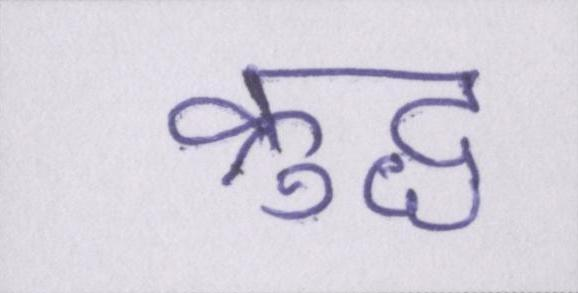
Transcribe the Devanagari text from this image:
क्रुद्ध